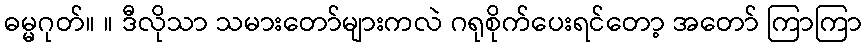
ဓမ္မဂုတ်။ ။ ဒီလိုသာ သမားတော်များကလဲ ဂရုစိုက်ပေးရင်တော့ အတော် ကြာကြာ